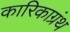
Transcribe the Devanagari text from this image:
कारिकाग्रंथ